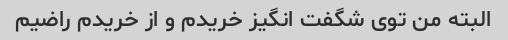
البته من توی شگفت انگیز خریدم و از خریدم راضیم